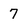
Character: 7